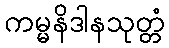
ကမ္မနိဒါနသုတ္တံ